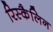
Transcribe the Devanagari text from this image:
रिस्कैलिन